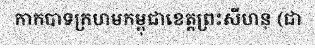
កាកបាទក្រហមកម្ពុជាខេត្តព្រះសីហនុ (ជា